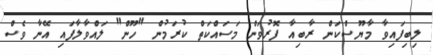
ލިބިފައިވާ މާޔޫސްކަން ރާބިއާ ފޮރުވަން މަސައްކަތް ކުރަމުން "ހޫން" ލައްވާލާފައި އޭނާ ވެސް